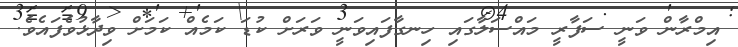
އިމްރާން ވަނީ ސަފާރީ މައްސަލާގައި ހިނގާފައިވަނީ ވަރަށް ކުޑަ ކަމެއް ކަމަށް ވިދާޅުވެފައެވެ.